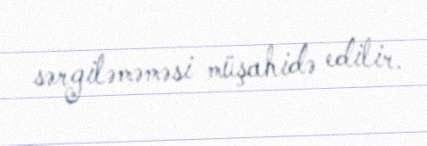
sərgiləməməsi müşahidə edilir.